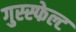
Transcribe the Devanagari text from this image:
गुस्स्फेल्ट